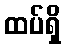
ထပ်ရှိ